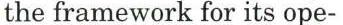
the framework for its ope-